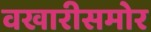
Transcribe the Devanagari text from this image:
वखारीसमोर